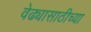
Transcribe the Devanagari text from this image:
वेढ्यासाठीच्या